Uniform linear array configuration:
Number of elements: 32
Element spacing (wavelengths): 1
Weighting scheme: cosine
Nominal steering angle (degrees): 30
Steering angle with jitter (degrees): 30.159
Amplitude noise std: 0.05
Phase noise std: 0.05

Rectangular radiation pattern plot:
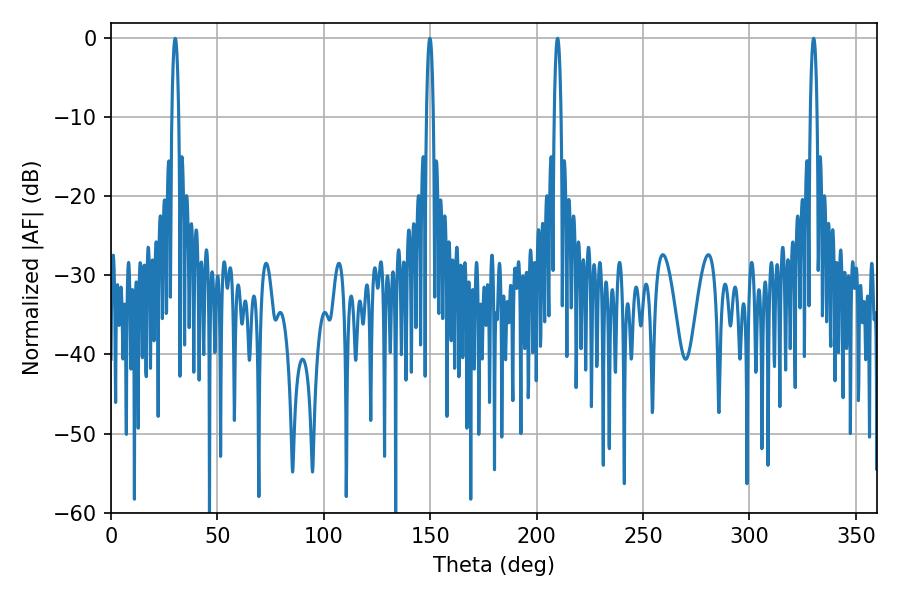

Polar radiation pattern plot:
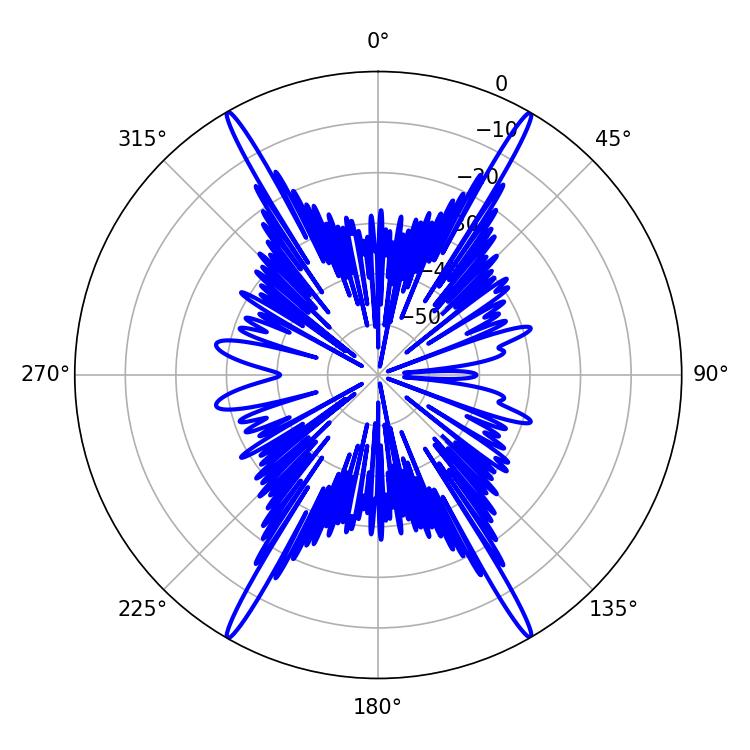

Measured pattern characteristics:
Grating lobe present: TRUE
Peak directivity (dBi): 38.452
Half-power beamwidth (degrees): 1.8
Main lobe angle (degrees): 330.12